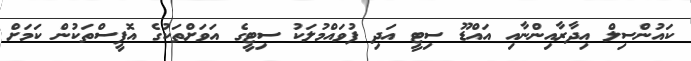
ކައުންސިލް އިދާރާއިންނާއި އައްޑޫ ސިޓީ އަދި ފުވައްމުލަކު ސިޓީގެ އަވަށްތަކުގެ އޮފީސްތަކުން ކަމަށް